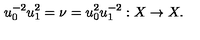
u _ { 0 } ^ { - 2 } u _ { 1 } ^ { 2 } = \nu = u _ { 0 } ^ { 2 } u _ { 1 } ^ { - 2 } : X \to X .